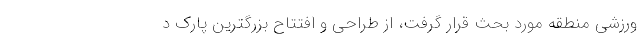
ورزشی منطقه مورد بحث قرار گرفت، از طراحی و افتتاح بزرگترین پارک د